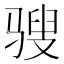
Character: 𩨄